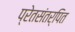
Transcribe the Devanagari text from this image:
प्रेतसंतर्पित